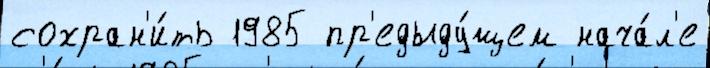
сохран'и́ть 1985 пр'едыду́щем нача́л'е